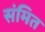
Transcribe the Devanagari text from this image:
संमित